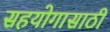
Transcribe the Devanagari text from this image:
सहयोगासाठी